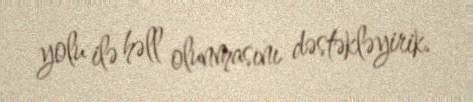
yolu ilə həll olunmasını dəstəkləyirik.